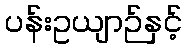
ပန်းဥယျာဉ်နှင့်